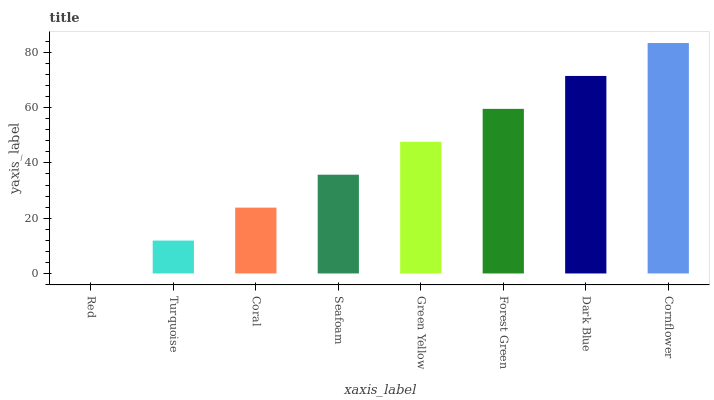
| xaxis_label | bars |
 | --- | --- |
 | Red | 0 |
 | Turquoise | 11.9 |
 | Coral | 23.8 |
 | Seafoam | 35.7 |
 | Green Yellow | 47.7 |
 | Forest Green | 59.6 |
 | Dark Blue | 71.5 |
 | Cornflower | 83.4 |